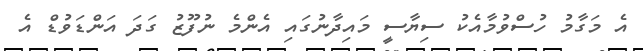
އެ މަގާމު ހުސްވުމާއެކު ސިޔާސީ މައިދާނުގައި އެންމެ ނުފޫޒު ގަދަ އަންޑަވުޑް އެ